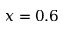
x = 0 . 6